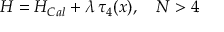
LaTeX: { \cal H } = { \cal H } _ { C a l } + \lambda \, \tau _ { 4 } ( x ) , \quad N > 4